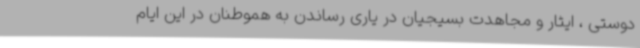
دوستی ، ایثار و مجاهدت بسیجیان در یاری رساندن به هموطنان در این ایام